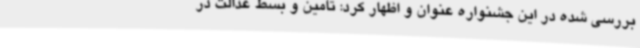
بررسی شده در این جشنواره عنوان و اظهار کرد: تامین و بسط عدالت در